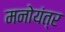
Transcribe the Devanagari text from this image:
मनोयंत्र